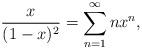
LaTeX: \begin{align*}\frac{x}{(1-x)^2}=\sum_{n=1}^\infty nx^n,\end{align*}